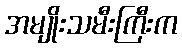
အမျိုးသမီးကြီးက